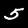
Label: 5